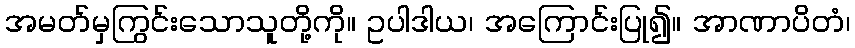
အမတ်မှကြွင်းသောသူတို့ကို။ ဥပါဒါယ၊ အကြောင်းပြု၍။ အာဏာပိတံ၊